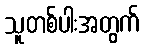
သူတစ်ပါးအတွက်